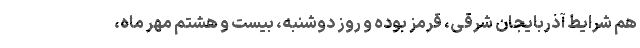
هم شرایط آذربایجان شرقی، قرمز بوده و روز دوشنبه، بیست و هشتم مهر ماه،